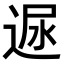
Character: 𨓪